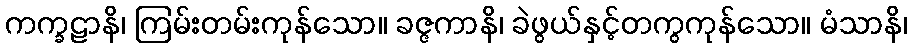
ကက္ခဠာနိ၊ ကြမ်းတမ်းကုန်သော။ ခဇ္ဇကာနိ၊ ခဲဖွယ်နှင့်တကွကုန်သော။ မံသာနိ၊